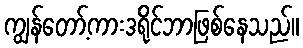
ကျွန်တော့်ကားဒရိုင်ဘာဖြစ်နေသည်။